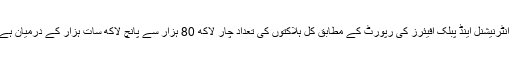
براؤن یونیورسٹی کے واٹسن انسٹیٹیوٹ آف انٹرنیشنل اینڈ پبلک افیئرز کی رپورٹ کے مطابق کل ہلاکتوں کی تعداد چار لاکھ 80 ہزار سے پانچ لاکھ سات ہزار کے درمیان ہے، تاہم حقیقی تعداد کہیں زیادہ ہو سکتی ہے۔